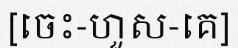
[ចេះ-ហួស-គេ]